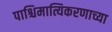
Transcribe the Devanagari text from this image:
पाश्चिमात्यिकरणाच्या